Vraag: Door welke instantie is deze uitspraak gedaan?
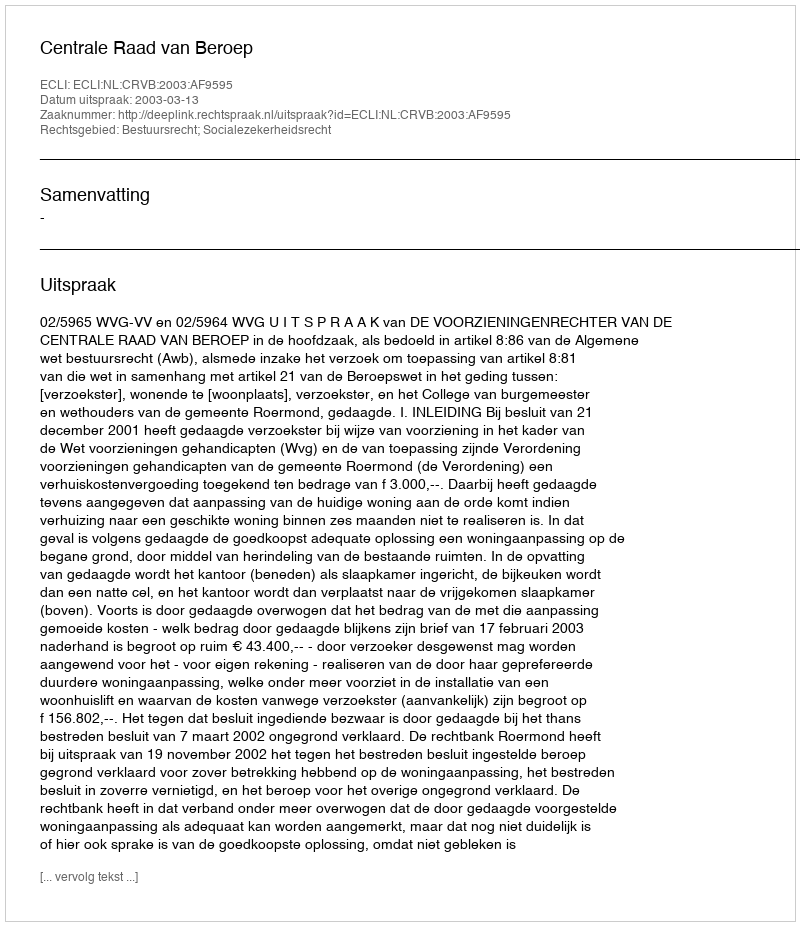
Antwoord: Centrale Raad van Beroep